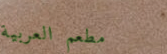
مطعم العربية